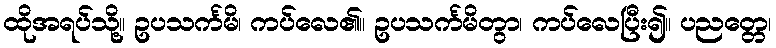
ထိုအရပ်သို့။ ဥပသင်္ကမိ၊ ကပ်လေ၏။ ဥပသင်္ကမိတွာ၊ ကပ်လေပြီး၍။ ပညတ္တေ၊